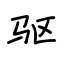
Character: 驱